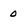
Character: 0